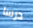
درسا